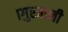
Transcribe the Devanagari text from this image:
।गुरबानी